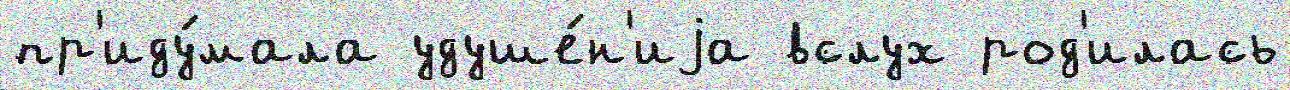
пр'иду́мала удуше́н'иjа вслух род'илась